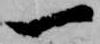
一